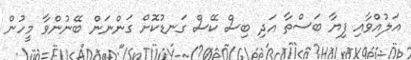
އަލުއްވާއި ފިޔާ ބަސްތާ އަދި ބިސް ކޭސް ގަނޑުކޮށް ގަންނަން ބޭނުންވާ މީހުން